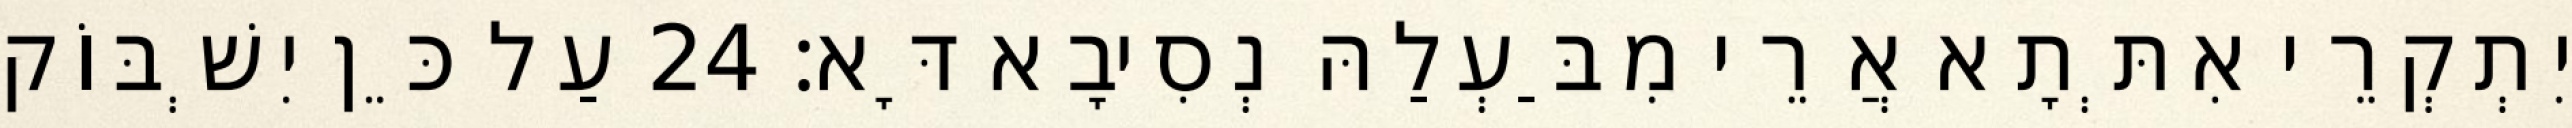
יִתְקְרֵי אִתְּתָא אֲרֵי מִבַּעְלַהּ נְסִיבָא דָּא׃ 24 עַל כֵּן יִשְׁבּוֹק